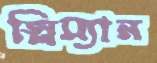
স্লিম্যান